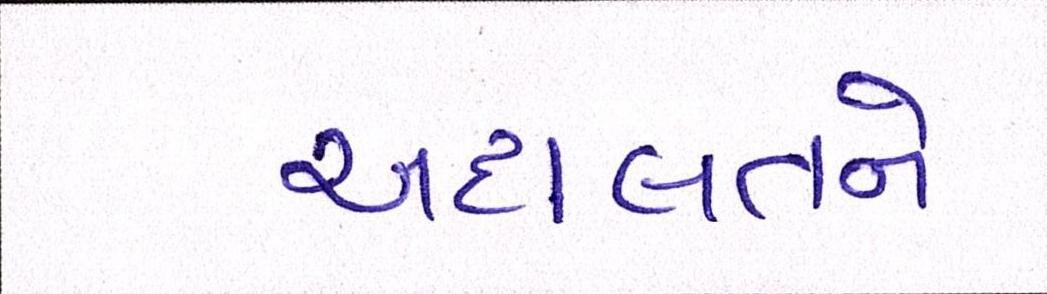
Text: અદાલતને